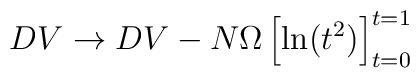
DV\rightarrow DV-N\Omega\left[ \mathrm{ln}(t^{2})\right]^{t=1}_{t=0}